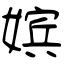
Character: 嫔